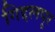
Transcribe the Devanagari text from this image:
गिद्दलपूर